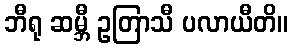
ဘီရု ဆမ္ဘီ ဥတြာသီ ပလာယီတိ။